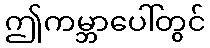
ဤကမ္ဘာပေါ်တွင်